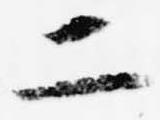
二